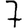
Digit: 7